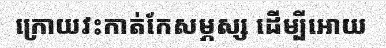
ក្រោយវះកាត់កែសម្ភស្ស ដើម្បីអោយ